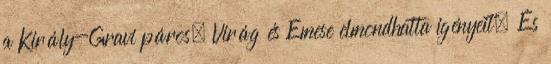
a Király-Gravi páros, Virág és Emese elmondhatta igényeit. És